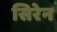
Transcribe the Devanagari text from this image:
सिरेन